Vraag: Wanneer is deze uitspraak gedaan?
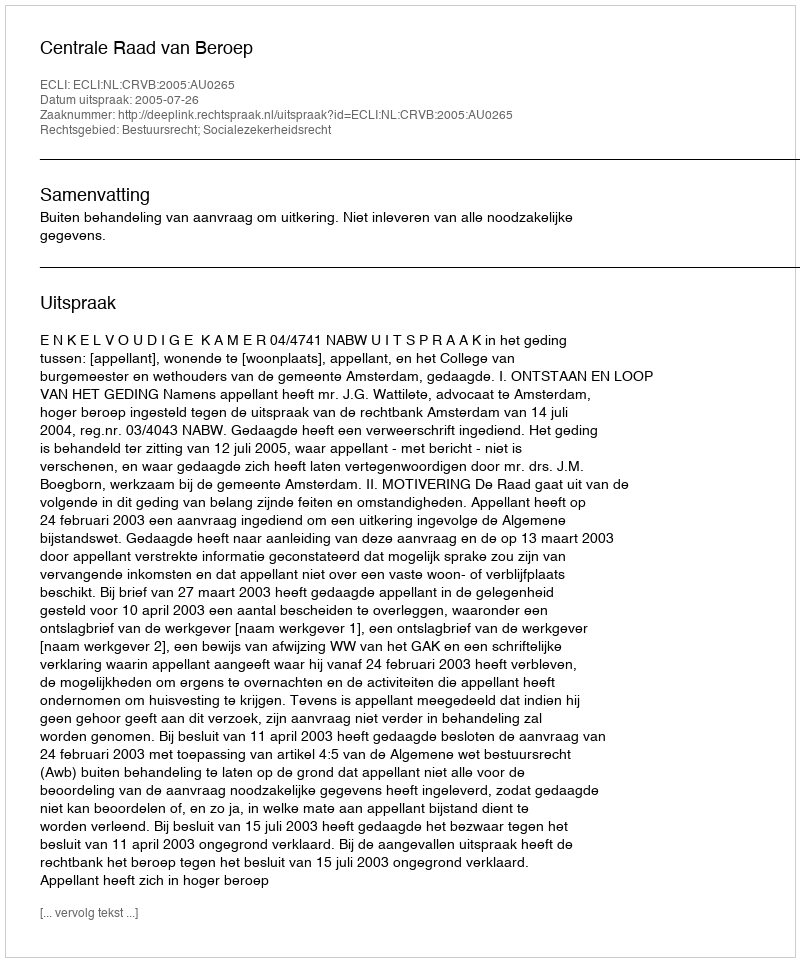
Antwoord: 2005-07-26